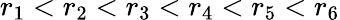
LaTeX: r_{1}<r_{2}<r_{3}<r_{4}<r_{5}<r_{6}